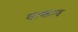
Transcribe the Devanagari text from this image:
वाकाव